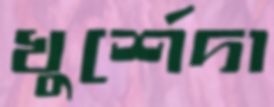
খুর্শেদা